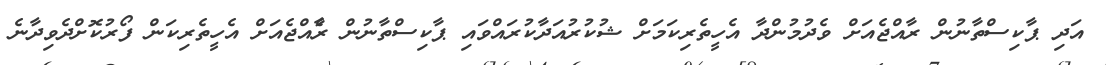
އަދި ޕާކިސްތާނުން ރާއްޖެއަށް ވެދުމުންދާ އެހީތެރިކަމަށް ޝުކުރުއަދާކުރައްވައި ޕާކިސްތާނުން ރެާއްޖެއަށް އެހީތެރިކަން ފޯރުކޮށްދެވިދާނެ